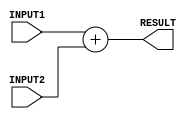
module newAdder(RESULT, INPUT1, INPUT2);
	
	// port declaration
	input [31:0] INPUT1, INPUT2;
	output [31:0] RESULT;
	
	assign #2 RESULT = INPUT1 + INPUT2;

endmodule